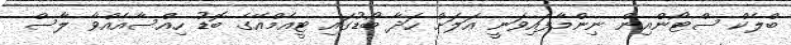
ބްލެކް ސްޓޯންއިން ނިންމާފައިވަނީ އަލަށް ހަދާ ބޯޑުގައި ޓީއެމްއޭގެ ބޮޑު ހިއްސާއެއްވާ ލާސް